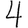
Digit: 4